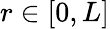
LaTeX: r\in[0,L]